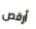
أرقص